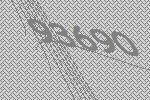
93690